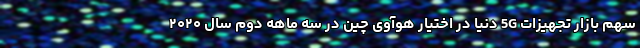
سهم بازار تجهیزات 5G دنیا در اختیار هوآوی چین در سه ماهه دوم سال ۲۰۲۰